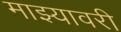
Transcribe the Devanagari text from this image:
माझ्यावरी